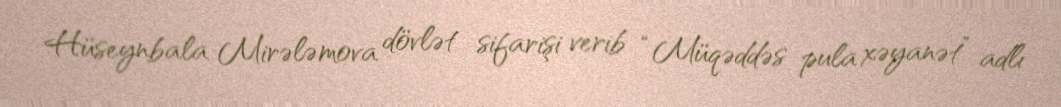
Hüseynbala Mirələmova dövlət sifarişi verib “Müqəddəs pula xəyanət” adlı